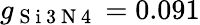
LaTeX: g_{\mathrm{~S~i~3~N~4~}}=0.091